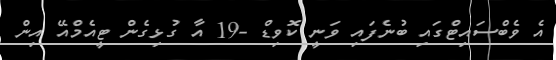
އެ ވެބްސައިޓްގައި ބުނެފައި ވަނީ ކޮވިޑް -19 އާ ގުޅިގެން ޓީއެމްއޭ އިން